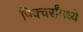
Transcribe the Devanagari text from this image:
पिक्चर्संमध्ये